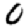
Digit: 0